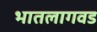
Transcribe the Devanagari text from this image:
भातलागवड